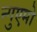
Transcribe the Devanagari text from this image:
न्गुएमो